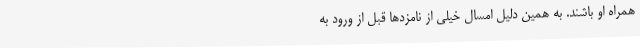
همراه او باشند. به همین دلیل امسال خیلی از نامزدها قبل از ورود به